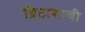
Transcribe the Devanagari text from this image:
ब्रिटाशाची